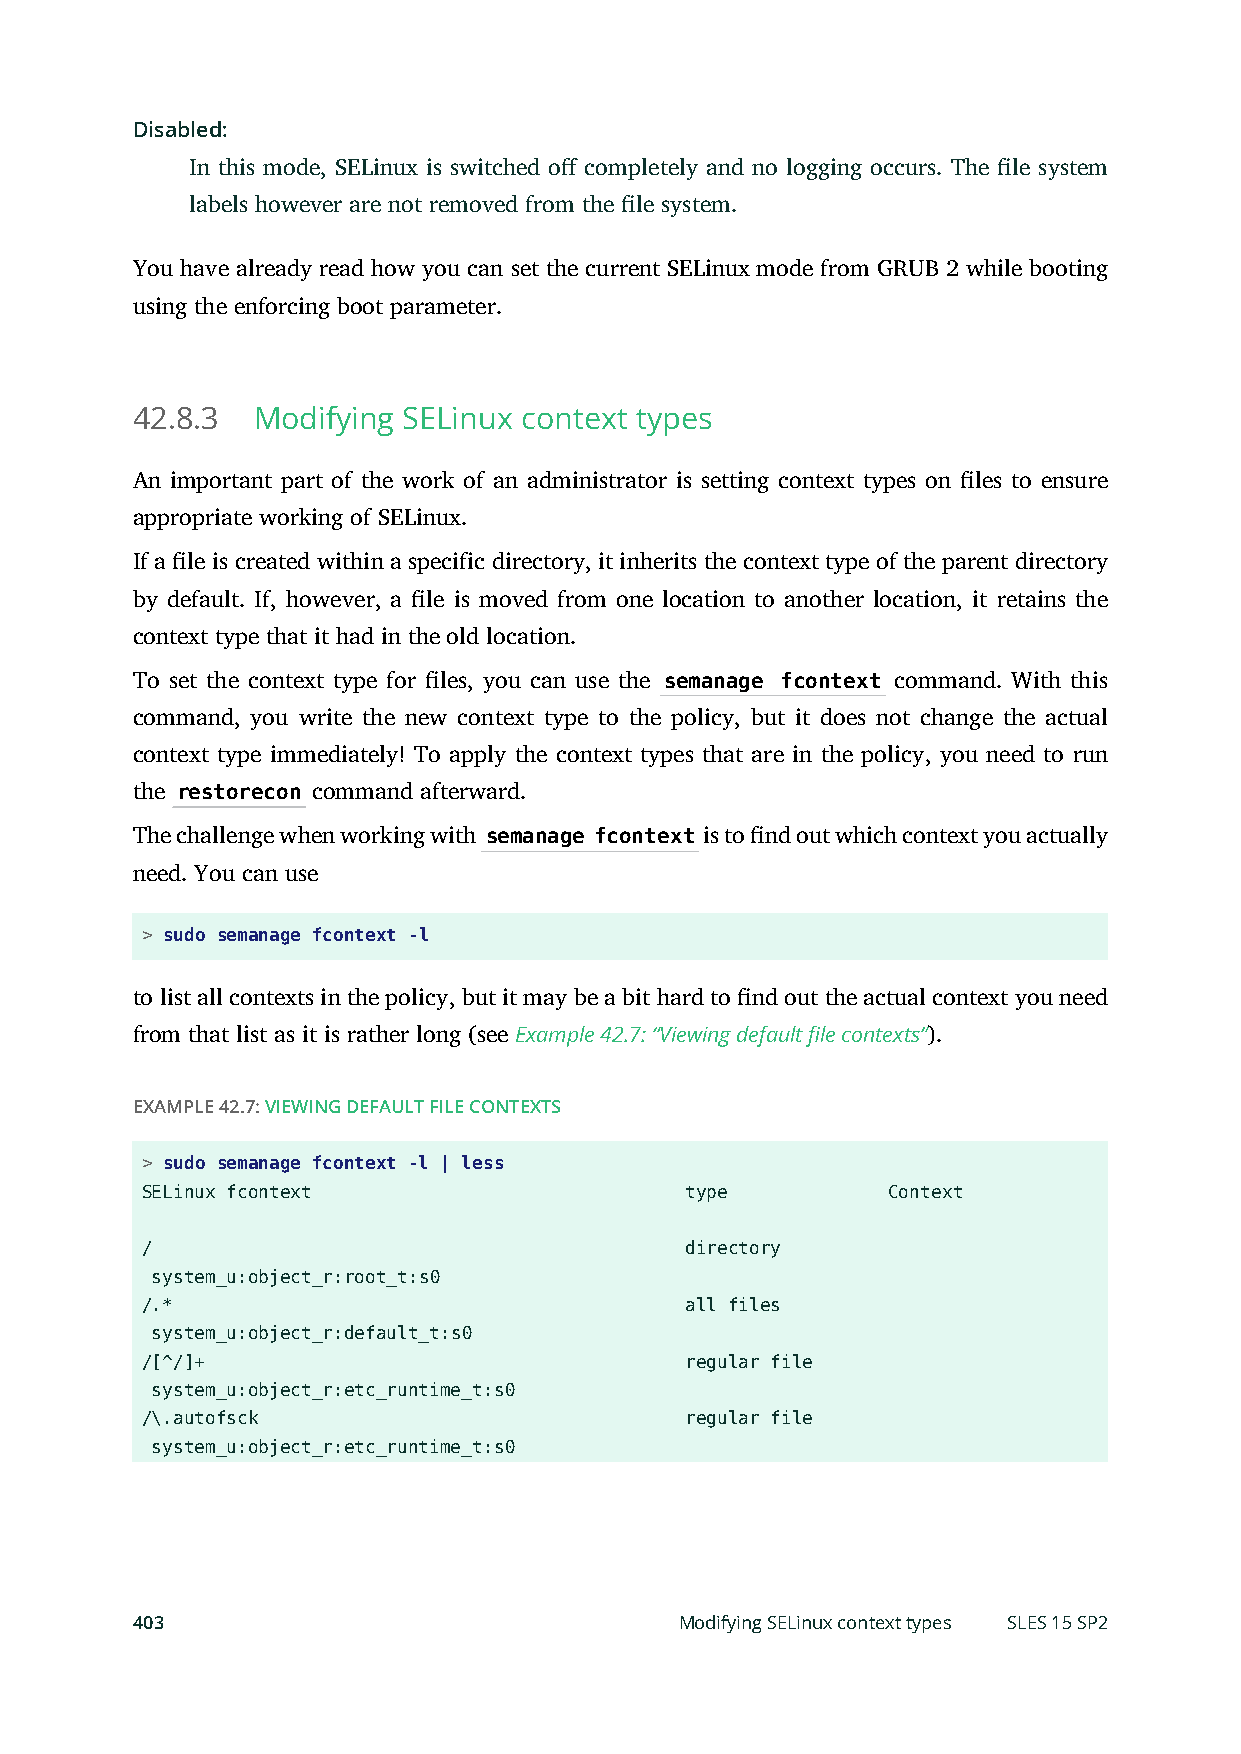
Disabled:
 In this mode, SELinux is switched o completely and no logging occurs. The le system
 labels however are not removed from the le system.
 You have already read how you can set the current SELinux mode from GRUB 2 while booting
 using the enforcing boot parameter.
 42.8.3  Modifying SELinux context types
 An important part of the work of an administrator is setting context types on les to ensure
 appropriate working of SELinux.
 If a le is created within a specific directory, it inherits the context type of the parent directory
 by default. If, however, a le is moved from one location to another location, it retains the
 context type that it had in the old location.
 To set the context type for les, you can use the semanage fcontext command. With this
 command, you write the new context type to the policy, but it does not change the actual
 context type immediately! To apply the context types that are in the policy, you need to run
 the restorecon command afterward.
 The challenge when working with semanage fcontext is to nd out which context you actually
 need. You can use
 > sudo semanage fcontext -l
 to list all contexts in the policy, but it may be a bit hard to nd out the actual context you need
 from that list as it is rather long (see Example 42.7: “Viewing default file contexts”).
 EXAMPLE 42.7: VIEWING DEFAULT FILE CONTEXTS
 > sudo semanage fcontext -l | less
 SELinux fcontext                    type          Context
 /                                   directory
 system_u:object_r:root_t:s0
 /.*                                 all files
 system_u:object_r:default_t:s0
 /[^/]+                              regular file
 system_u:object_r:etc_runtime_t:s0
 /\.autofsck                         regular file
 system_u:object_r:etc_runtime_t:s0
 403                                 Modifying SELinux context types SLES 15 SP2